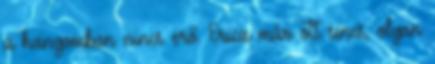
a hangomban nincs erő. Erica már ott sincs, olyan